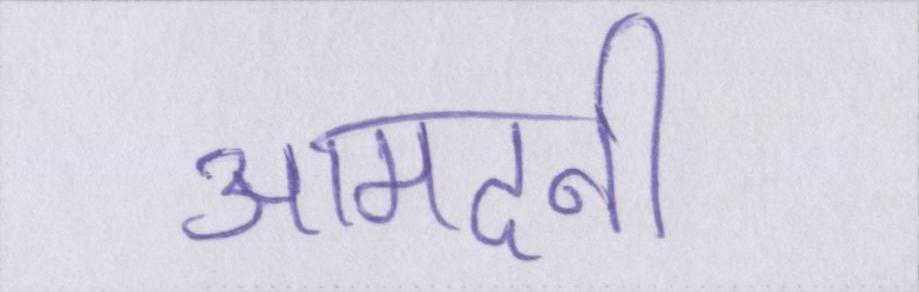
आमदनी